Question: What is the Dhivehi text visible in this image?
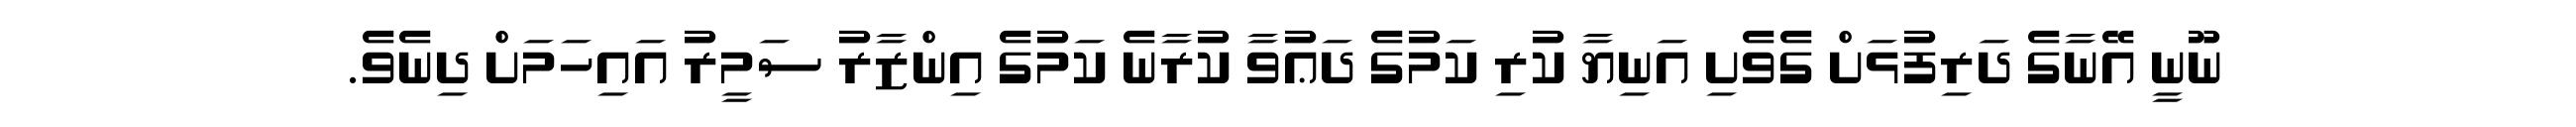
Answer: ނޫނީ އޭނާގެ ދަރިފުޅަށް ގެވެށި އަނިޔާ ކުރި ކަމުގެ ދަޢުވާ ކުރާނެ ކަމުގެ އިންޒާރު ސަމީރު އައިހަމަށް ދިނެވެ.